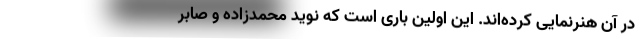
در آن هنرنمایی کرده‌‌اند. این اولین باری است که نوید محمدزاده و صابر